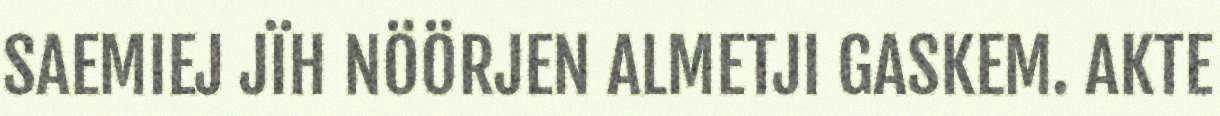
SAEMIEJ JÏH NÖÖRJEN ALMETJI GASKEM. AKTE